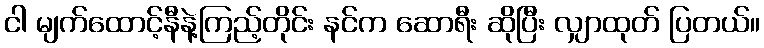
ငါ မျက်ထောင့်နီနဲ့ကြည့်တိုင်း နင်က ဆောရီး ဆိုပြီး လျှာထုတ် ပြတယ်။